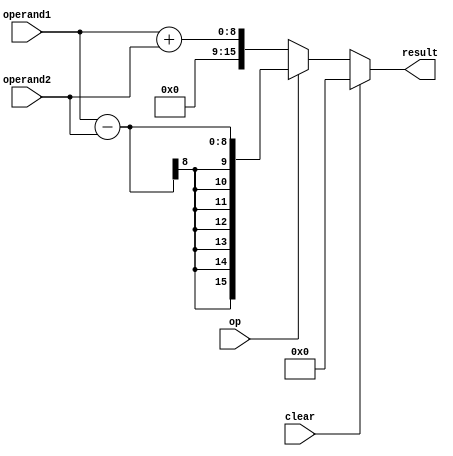
module accumulator (
    input wire clear,
    input wire op, // 0 for addition, 1 for subtraction
    input wire [7:0] operand1,
    input wire [7:0] operand2,
    output reg [15:0] result
);

always @(*) begin
    if (clear) begin
        result <= 16'b0;
    end else begin
        if (op == 0) begin // addition operation
            result <= operand1 + operand2;
        end else begin // subtraction operation
            result <= operand1 - operand2;
        end
    end
end

endmodule